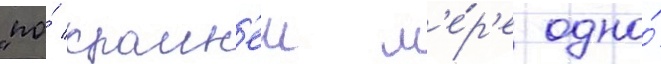
"по́ краин'еи м'е́р'е одно́